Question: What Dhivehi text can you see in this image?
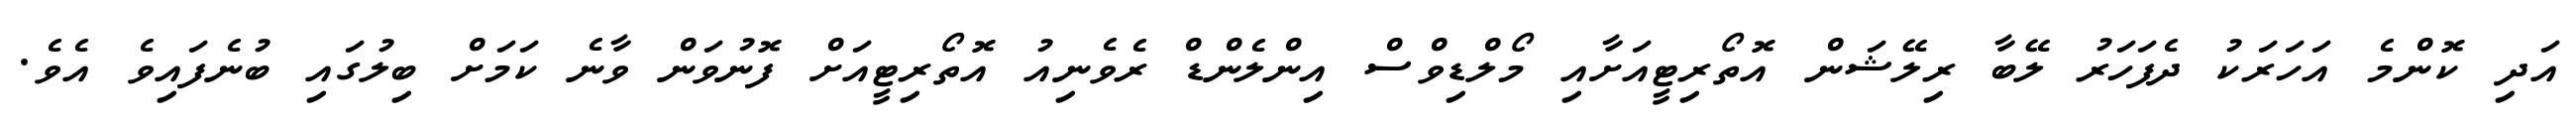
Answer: އަދި ކޮންމެ އަހަރަކު ދެފަހަރު ލޭބާ ރިލޭޝަން އޮތޯރިޓީއަށާއި މޯލްޑިވްސް އިންލެންޑް ރެވެނިއު އޮތޯރިޓީއަށް ފޮނުވަން ވާނެ ކަމަށް ބިލުގައި ބުނެފައިވެ އެވެ.